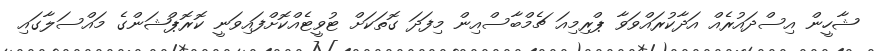
ޝާހީން އިސްދައުރެއް އަދާކުރައްވަވާ ޕްރިމިއަ ޗެމްބާސްއިން މިފަދަ ގޮތަކަށް ޓުވީޓެއްކޮށްފައިވަނީ ކޮރޮޕްޝަންގެ މައްސަލާގައި